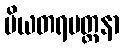
ပိယတရမတ္တနာ